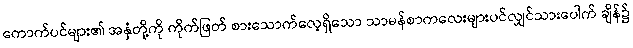
ကောက်ပင်များ၏ အနှံတို့ကို ကိုက်ဖြတ် စားသောက်လေ့ရှိသော သာမန်စာကလေးများပင်လျှင်သားပေါက် ချိန်၌